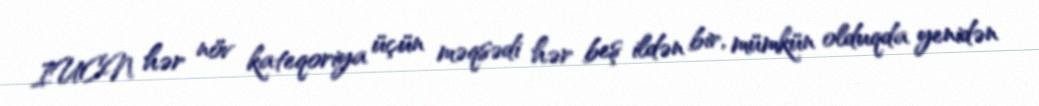
IUCN hər növ kateqoriya üçün məqsədi hər beş ildən bir, mümkün olduqda yenidən